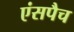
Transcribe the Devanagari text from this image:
एंसपैच